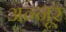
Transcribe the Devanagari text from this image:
अन्नूर